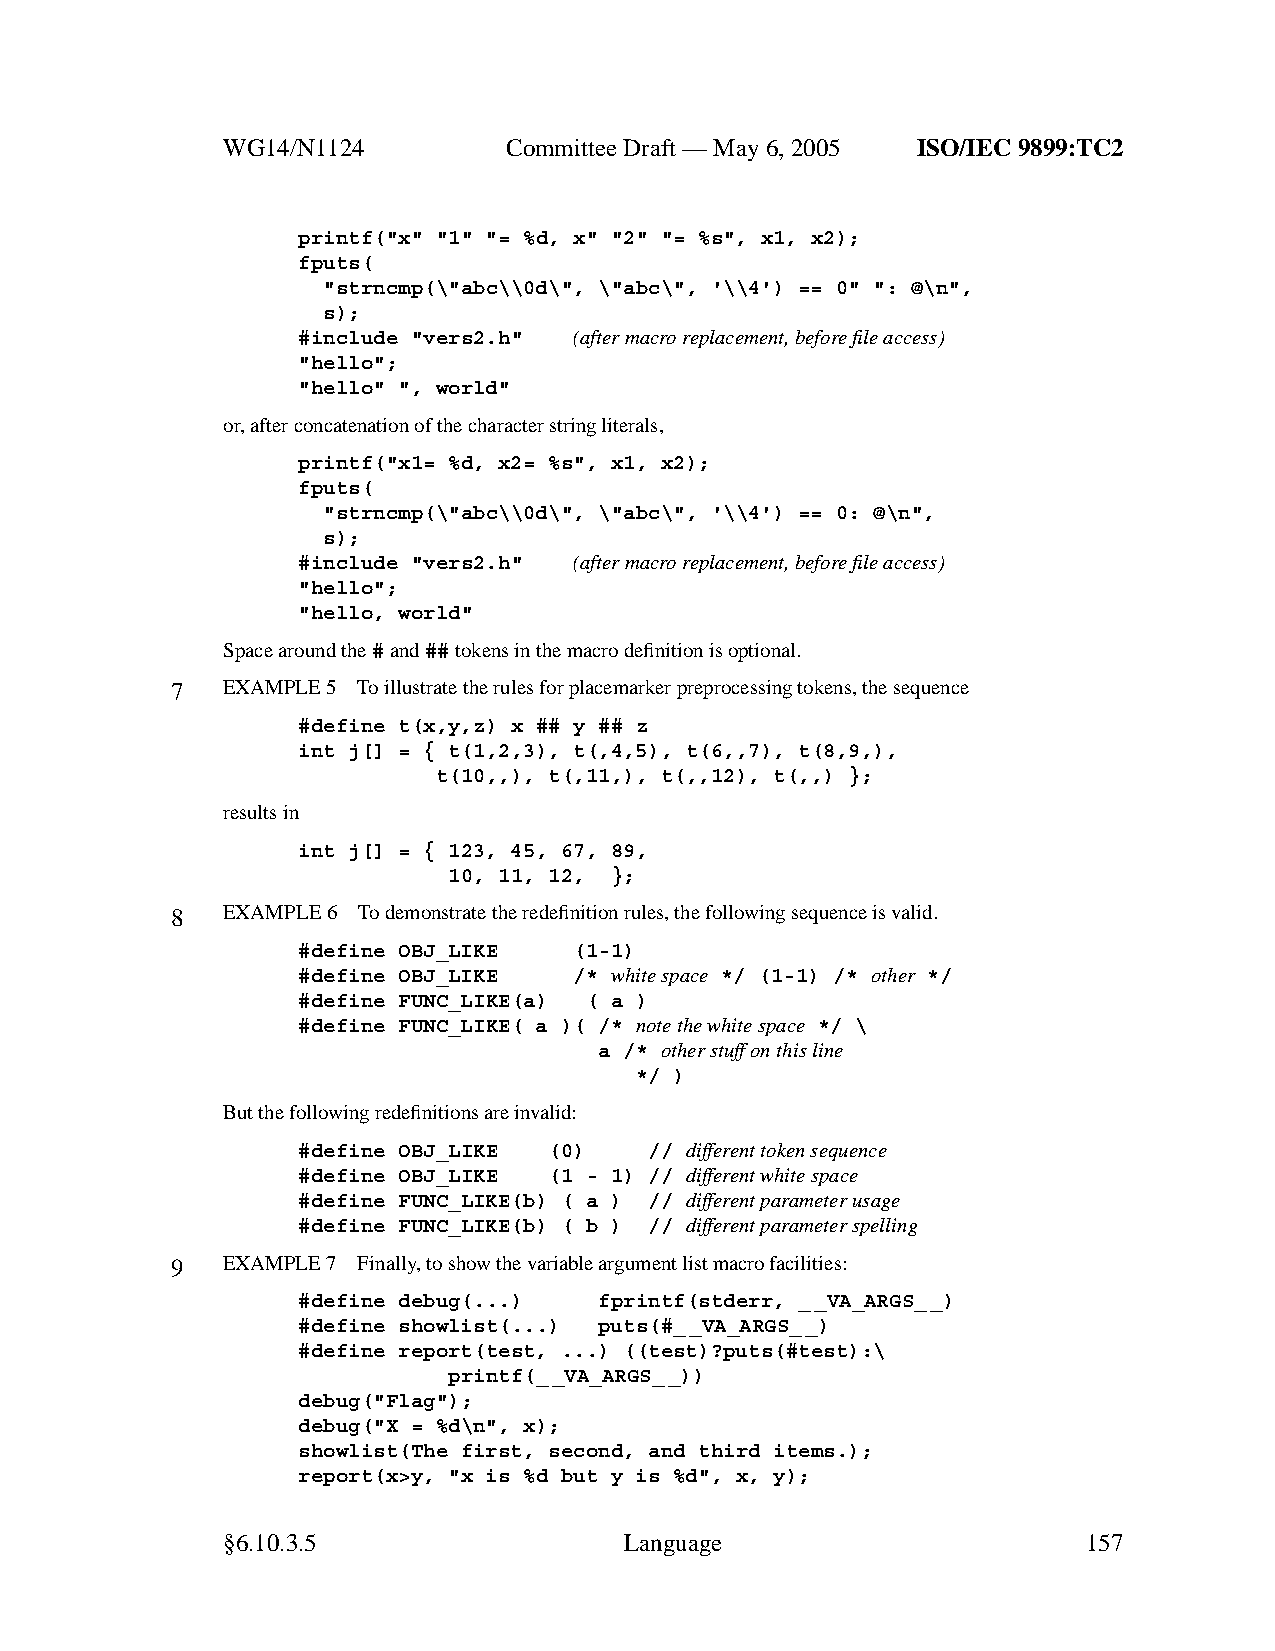
WG14/N1124        CommitteeDraft — May 6, 2005 ISO/IEC 9899:TC2
 printf("x" "1" "= %d, x" "2" "= %s", x1, x2);
 fputs(
 "strncmp(\"abc\\0d\", \"abc\", '\\4') == 0" ": @\n",
 s);
 #include "vers2.h" (after macroreplacement, beforefile access)
 "hello";
 "hello" ", world"
 or,after concatenation of the character string literals,
 printf("x1= %d, x2= %s", x1, x2);
 fputs(
 "strncmp(\"abc\\0d\", \"abc\", '\\4') == 0: @\n",
 s);
 #include "vers2.h" (after macroreplacement, beforefile access)
 "hello";
 "hello, world"
 Space around the#and##tokens in the macro definition is optional.
 7   EXAMPLE 5 To illustrate the rules for placemarker preprocessing tokens, the sequence
 #define t(x,y,z) x ## y ## z
 int j[] = { t(1,2,3), t(,4,5), t(6,,7), t(8,9,),
 t(10,,), t(,11,), t(,,12), t(,,) };
 results in
 int j[] = { 123, 45, 67, 89,
 10, 11, 12, };
 8   EXAMPLE 6 To demonstrate the redefinition rules, the following sequence is valid.
 #define OBJ_LIKE  (1-1)
 #define OBJ_LIKE  /* white space */ (1-1) /* other */
 #define FUNC_LIKE(a) ( a )
 #define FUNC_LIKE( a )( /* note the white space */ \
 a /* other stuffonthis line
 */ )
 But the following redefinitions are invalid:
 #define OBJ_LIKE (0)   // different token sequence
 #define OBJ_LIKE (1 - 1) // different white space
 #define FUNC_LIKE(b) ( a ) // different parameter usage
 #define FUNC_LIKE(b) ( b ) // different parameter spelling
 9   EXAMPLE 7 Finally,toshowthe variable argument list macro facilities:
 #define debug(...)  fprintf(stderr, __VA_ARGS_ _)
 #define showlist(...) puts(#_ _VA_ARGS_ _)
 #define report(test, ...) ((test)?puts(#test):\
 printf(_ _VA_ARGS_ _))
 debug("Flag");
 debug("X = %d\n", x);
 showlist(The first, second, and third items.);
 report(x>y, "x is %d but y is %d", x, y);
 §6.10.3.5                 Language                       157